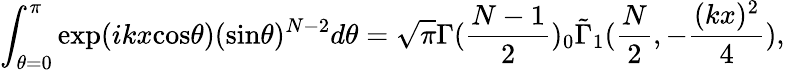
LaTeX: \int_{\theta=0}^{\pi}\mathrm{exp}(ikx\mathrm{cos}\theta)(\mathrm{sin}\theta)^{N-2}d\theta=\sqrt{\pi}\Gamma(\frac{N-1}{2}){}_{0}\tilde{\Gamma}_{1}(\frac{N}{2},-\frac{(kx)^{2}}{4}),